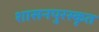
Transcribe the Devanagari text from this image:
शासनपुरस्कृत